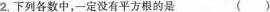
2.下列各数中，一定没有平方根的是 ()